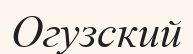
Огузский